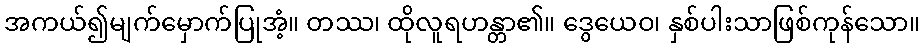
အကယ်၍မျက်မှောက်ပြုအံ့။ တဿ၊ ထိုလူရဟန္တာ၏။ ဒွေယေဝ၊ နှစ်ပါးသာဖြစ်ကုန်သော။